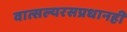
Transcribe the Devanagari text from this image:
वात्सल्यरसप्रधानही